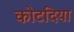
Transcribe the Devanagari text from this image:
कोटदिया